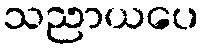
သညာယပေ